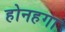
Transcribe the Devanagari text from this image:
होनहगा